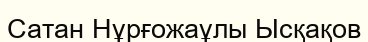
Сатан Нұрғожаұлы Ысқақов